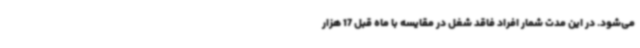
می‌شود. در این مدت شمار افراد فاقد شغل در مقایسه با ماه قبل 17 هزار